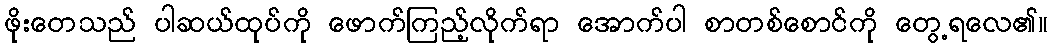
ဖိုးတေသည် ပါဆယ်ထုပ်ကို ဖောက်ကြည့်လိုက်ရာ အောက်ပါ စာတစ်စောင်ကို တွေ့ရလေ၏။